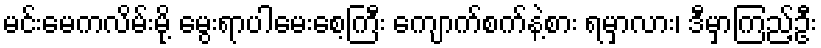
မင်းမေကလိမ်းမို့ မွေးရာပါမေးစေ့ကြီး ကျောက်စက်နဲ့စား ရမှာလား၊ ဒီမှာကြည့်ဦး